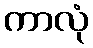
ကာလုံ